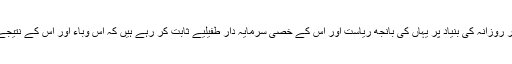
اس وقت کرونا وائرس پوری شدت سے پاکستانی سماج کو اپنی لپیٹ میں لے رہا ہے اور روزانہ کی بنیاد پر یہاں کی بانجھ ریاست اور اس کے خصی سرمایہ دار طفیلیے ثابت کر رہے ہیں کہ اس وباء اور اس کے نتیجے میں پیدا ہونے والے سیاسی، سماجی اور معاشی مسائل سے نمٹنا ان کے بس میں نہیں۔